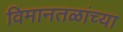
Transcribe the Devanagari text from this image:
विमानतळांच्या